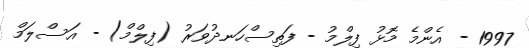
1997 - އެންމެ މޮޅު ފިލްމު - ފަތިސްހަނދުވަރު (ފިލްމް) - އަސްލަމް